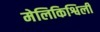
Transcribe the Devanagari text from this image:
मेलिकिश्विली